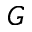
G